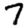
Digit: 7